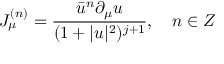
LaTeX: J _ { \mu } ^ { ( n ) } = \frac { \bar { u } ^ { n } \partial _ { \mu } u } { ( 1 + | u | ^ { 2 } ) ^ { j + 1 } } , \quad n \in Z